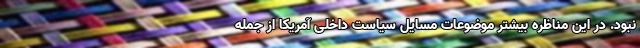
نبود. در این مناظره بیشتر موضوعات مسایل سیاست داخلی آمریکا از جمله